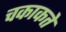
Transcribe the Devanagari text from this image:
चकाकते